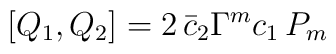
[Q_1,Q_2]=2\, \bar c_2 \Gamma^m c_1\, P_m